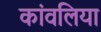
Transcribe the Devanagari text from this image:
कांवलिया